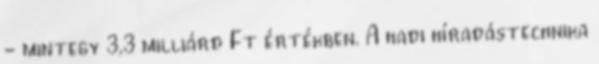
- mintegy 3,3 milliárd Ft értékben. A hadi híradástechnika